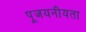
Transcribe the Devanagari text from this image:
पूजयनीयता